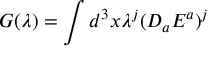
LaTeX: G ( \lambda ) = \int d ^ { 3 } x \lambda ^ { j } ( D _ { a } E ^ { a } ) ^ { j }